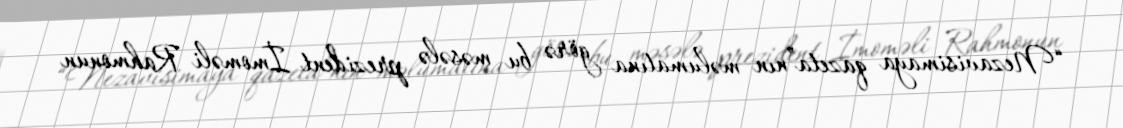
“Nezavisimaya qazeta”nın məlumatına görə bu məsələ prezident İmoməli Rahmonun